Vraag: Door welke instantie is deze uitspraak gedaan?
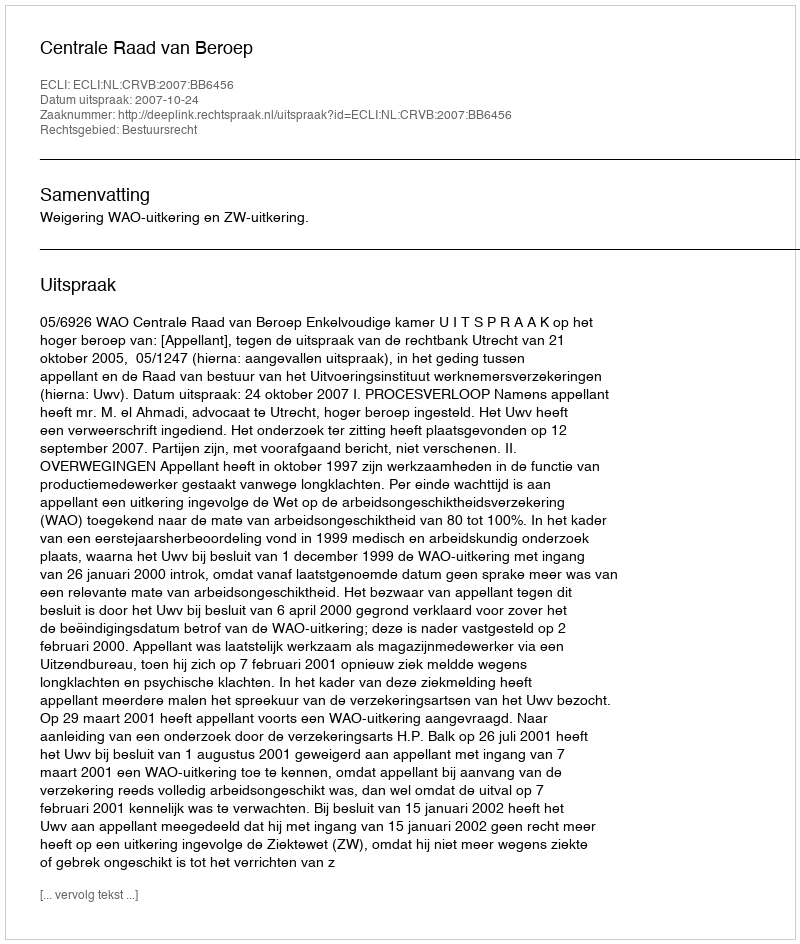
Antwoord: Centrale Raad van Beroep